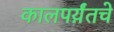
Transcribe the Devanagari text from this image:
कालपर्य़ंतचे